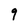
Character: 9